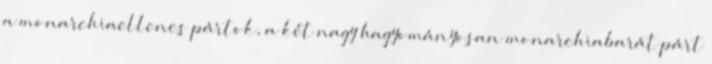
a monarchiaellenes pártok, a két nagy hagyományosan monarchiabarát párt